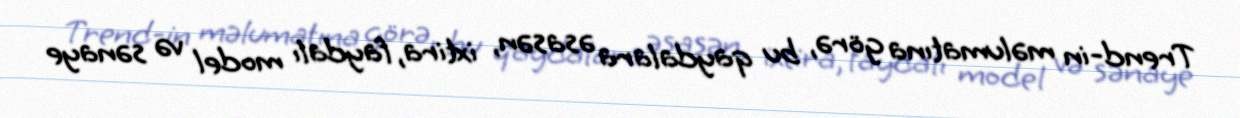
Trend-in məlumatına görə, bu qaydalara əsasən, ixtira, faydalı model və sənaye